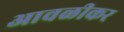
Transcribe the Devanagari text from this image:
आवळीकर